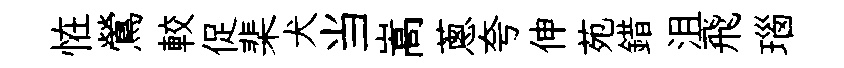
恠鶯較促棐犬当嵩蔥夸伸苑錯沮飛瑙